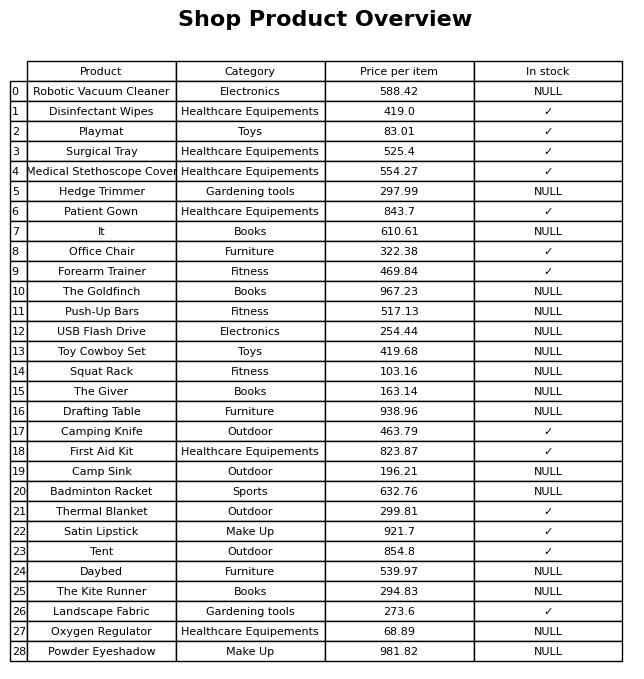
question: What is the price of the It?
answer: The price of It is 610.61.